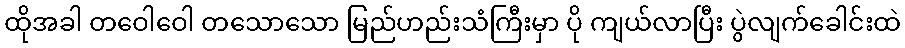
ထိုအခါ တဝေါဝေါ တသောသော မြည်ဟည်းသံကြီးမှာ ပို ကျယ်လာပြီး ပွဲလျက်ခေါင်းထဲ